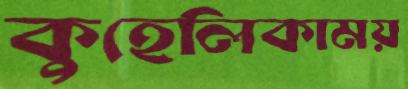
কুহেলিকাময়